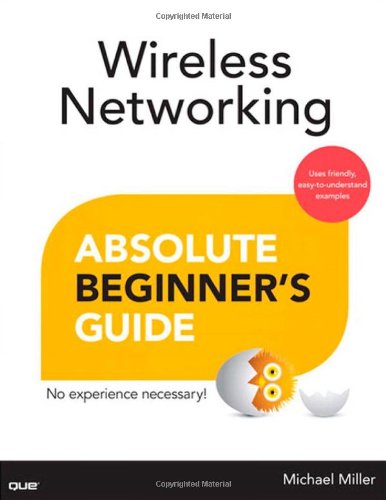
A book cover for Wireless Networking Absolute Beginner's Guide; Michael Miller; Computers & Technology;